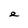
Character: e